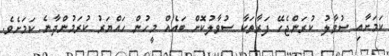
ކަމަށާއި ސުވާލު ކުރަންޖެހޭ ފަރާތަކާ ސުވާލުކޮށް ބައެއް މީހުން ހައްޔަރު ކުރަމުންދާނެ ކަމަށެވެ.